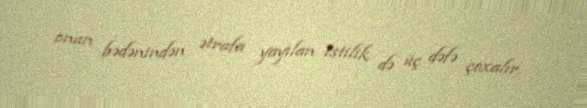
onun bədənindən ətrafa yayılan istilik də üç dəfə çoxalır.